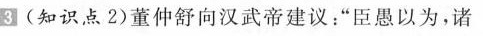
3(知识点2)董仲舒向汉武帝建议：”臣愚以为，诸